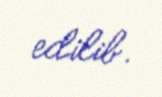
edilib.